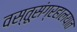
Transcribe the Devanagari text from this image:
वस्तूसंग्रहालयात